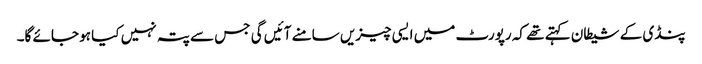
پنڈی کے شیطان کہتے تھے کہ رپورٹ میں ایسی چیزیں سامنے آئیں گی جس سے پتہ نہیں کیا ہو جائے گا۔